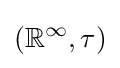
\left(\mathbb {R} ^{\infty },\tau \right)